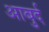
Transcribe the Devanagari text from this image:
आबुर्द